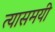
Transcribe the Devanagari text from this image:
त्यासमयी